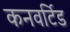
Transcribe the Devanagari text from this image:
कनवर्टिड